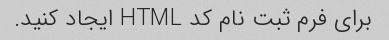
برای فرم ثبت نام کد HTML ایجاد کنید.